system: You are a helpful assistant.
user:
Analyze the provided spectrum to determine if it is a **S-type Star**.

- **Key Indicators for S-type Star:**

    - **(Overall Spectrum Shape):** The first and most obvious characteristic is the overall continuum (the "baseline" shape). It is **extremely "red-sloping,"** meaning the flux (light intensity) is very low on the left side (blue, ~4000-4500 Å) and rises steeply and continuously toward the right side (red, ~7000 Å+).

    - **(Primary):** The spectrum is defined by the presence of strong, broad molecular absorption "valleys" (bands) from **Zirconium Oxide (ZrO)**. The identification of these bands is the **primary requirement** for classifying a star as S-type.
        - **(Key Bandheads):** You must find distinct, deep "dips" where the light has been absorbed. The most critical band systems to locate are:
            - **~6474 Å** ($\gamma$-system): This is often the strongest and clearest ZrO feature, found in the red part of the spectrum.
            - **~5718 Å** & **~5551 Å** ($\beta$-system): A pair of prominent absorption features in the yellow-orange part of the spectrum.
            - **~4640 Å** ($\alpha$-system): A key absorption band system in the blue-green region of the spectrum.

    - **(Secondary Confirmation):** The classification is strengthened by finding additional absorption bands from other related heavy element oxides, which are expected to be present alongside ZrO.
        - **(Key Bandheads):**
            - **Yttrium Oxide (YO):** Look for absorption dips near **~4800 Å** and **~6100 Å**.
            - **Lanthanum Oxide (LaO):** Additional absorption features, particularly in the red-orange part of the spectrum, are also characteristic.

    - **(Line Profile):** The combination of the steep red continuum and these numerous, deep molecular bands (ZrO, YO, etc.) gives the entire spectrum a very **"chopped-up"** or **"bumpy"** appearance. Instead of a smooth curve, the spectrum looks as though large, wide chunks of light have been "carved out" of it at the specific wavelengths listed above.

Think first, call **spectral_visualization_tool** if needed to examine features in detail, then provide your final answer. Your response must adhere to the following strict rules:
1.  **Overall Structure:** Your response must follow the format `<think>...</think> <tool_call>...</tool_call> (if a tool is used) <answer>...</answer>`.
2.  **Tool Usage Constraint:** You may only make **one** tool call per turn.
3.  **Final Answer Format:** In the `<answer>` tag, your conclusion must be inside a `\boxed{}` command (e.g., `\boxed{YES}` or `\boxed{NO}`), followed by your justification.

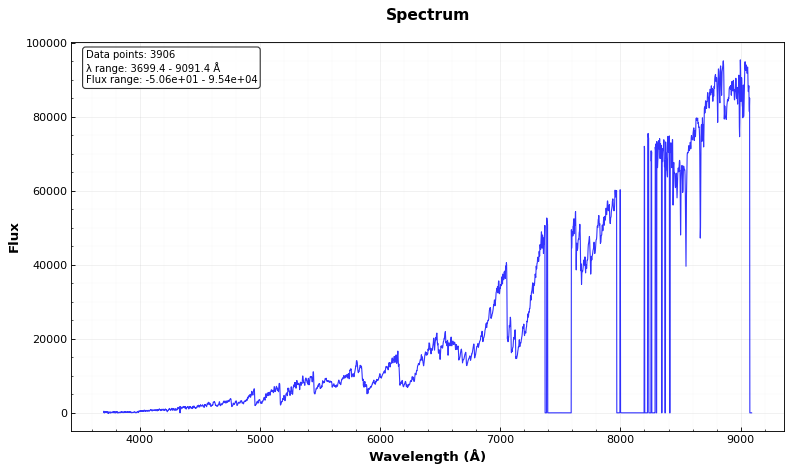
Answer: YES